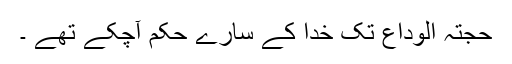
حجتہ الوداع تک خدا کے سارے حکم آچکے تھے ۔